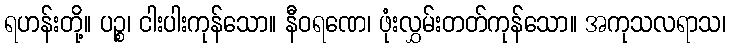
ရဟန်းတို့။ ပဉ္စ၊ ငါးပါးကုန်သော။ နီဝရဏေ၊ ဖုံးလွှမ်းတတ်ကုန်သော။ အကုသလရာသ၊